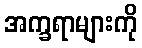
အက္ခရာများကို